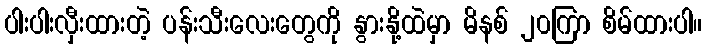
ပါးပါးလှီးထားတဲ့ ပန်းသီးလေးတွေကို နွားနို့ထဲမှာ မိနစ် ၂၀ကြာ စိမ်ထားပါ။